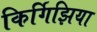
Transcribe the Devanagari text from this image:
किर्गिझिया